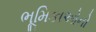
ભૂમિકાઓનો